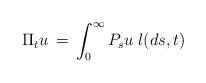
LaTeX: \begin{align*}\Pi_tu \, = \, \int_0^\infty P_su \; l(ds,t)\end{align*}